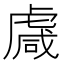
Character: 䖗